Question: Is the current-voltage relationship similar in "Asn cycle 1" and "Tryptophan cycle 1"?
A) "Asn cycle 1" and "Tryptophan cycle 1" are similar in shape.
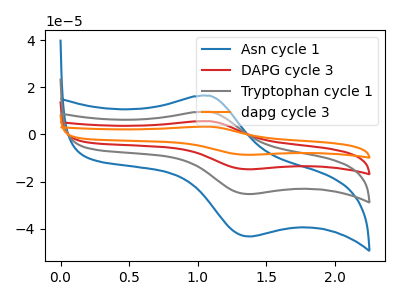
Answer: <think>The blue curve "Asn cycle 1" has an anodic peak at (1.10V, 16.40uA) and a cathodic peak at (1.35V, -43.30uA). The red curve "DAPG cycle 3" has an anodic peak at (1.10V, 19.20uA) and a cathodic peak at (1.35V, -50.60uA). The gray curve "Tryptophan cycle 1" has an anodic peak at (1.10V, 9.60uA) and a cathodic peak at (1.35V, -25.30uA). The orange curve "dapg cycle 3" has an anodic peak at (1.10V, 28.80uA) and a cathodic peak at (1.35V, -75.90uA).
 All the peaks in "Asn cycle 1" have a peak in "Tryptophan cycle 1" at the same potential. Every peak in "Asn cycle 1" is higher than every peak in "Tryptophan cycle 1".</think>
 <answer>A) "Asn cycle 1" and "Tryptophan cycle 1" are similar in shape.</answer>
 <eval>A</eval>